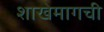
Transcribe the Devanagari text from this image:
शाखेमागची